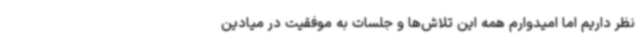
نظر داریم اما امیدوارم همه این تلاش‌ها و جلسات به موفقیت در میادین